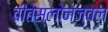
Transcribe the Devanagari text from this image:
वीतेस्लोनज्वल